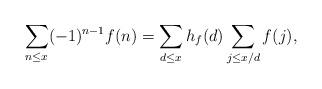
LaTeX: \begin{align*} \sum_{n\le x} (-1)^{n-1} f(n) = \sum_{d\le x} h_f(d) \sum_{j \le x/d} f(j),\end{align*}